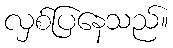
လှစ်ပြနေသည်။